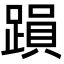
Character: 䠝